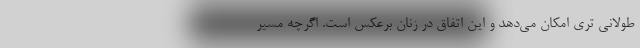
طولانی تری امکان می‌دهد و این اتفاق در زنان برعکس است. اگرچه مسیر